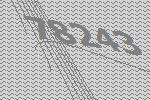
78243